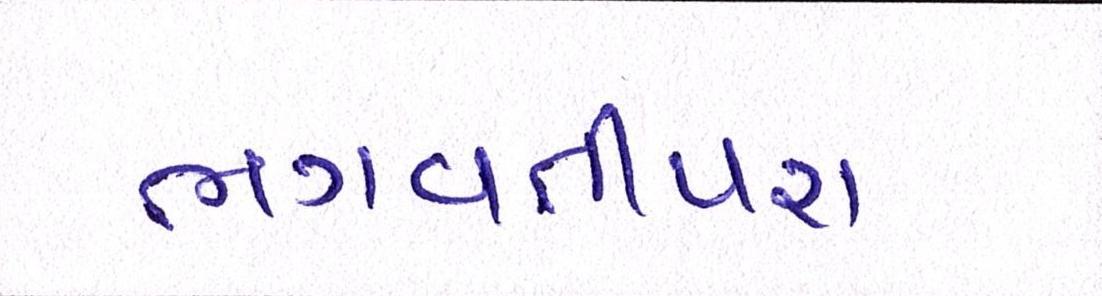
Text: ભગવતીપરા